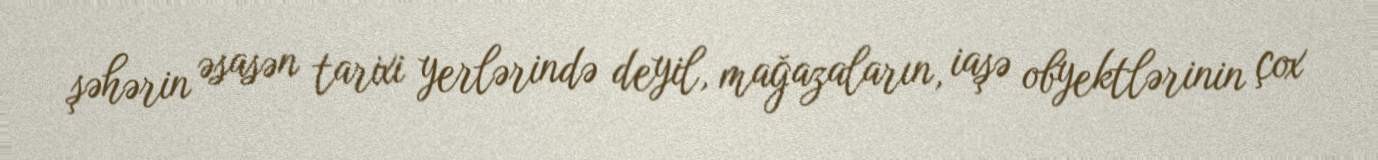
şəhərin əsasən tarixi yerlərində deyil, mağazaların, iaşə obyektlərinin çox